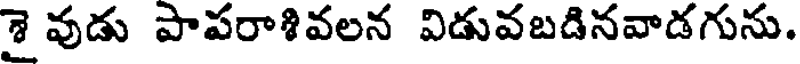
శై వుడు పాపరాశివలన విడువబడినవాడగును.